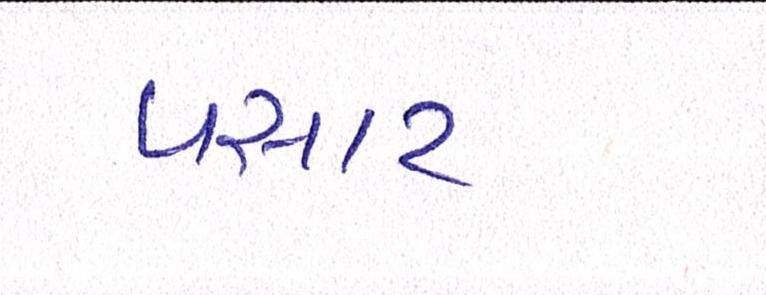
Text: પસાર